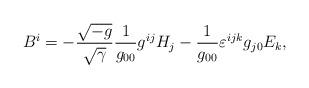
LaTeX: \begin{align*} B^{i} = - \frac{\sqrt{-g}}{\sqrt{\gamma}}\frac{1}{g_{0 0}} g^{i j} H_{j} - \frac{1}{g_{0 0}} \varepsilon^{i j k} g_{j 0} E_{k},\end{align*}